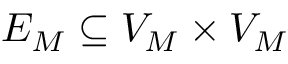
E _ { M } \subseteq V _ { M } \times V _ { M }